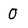
Character: O